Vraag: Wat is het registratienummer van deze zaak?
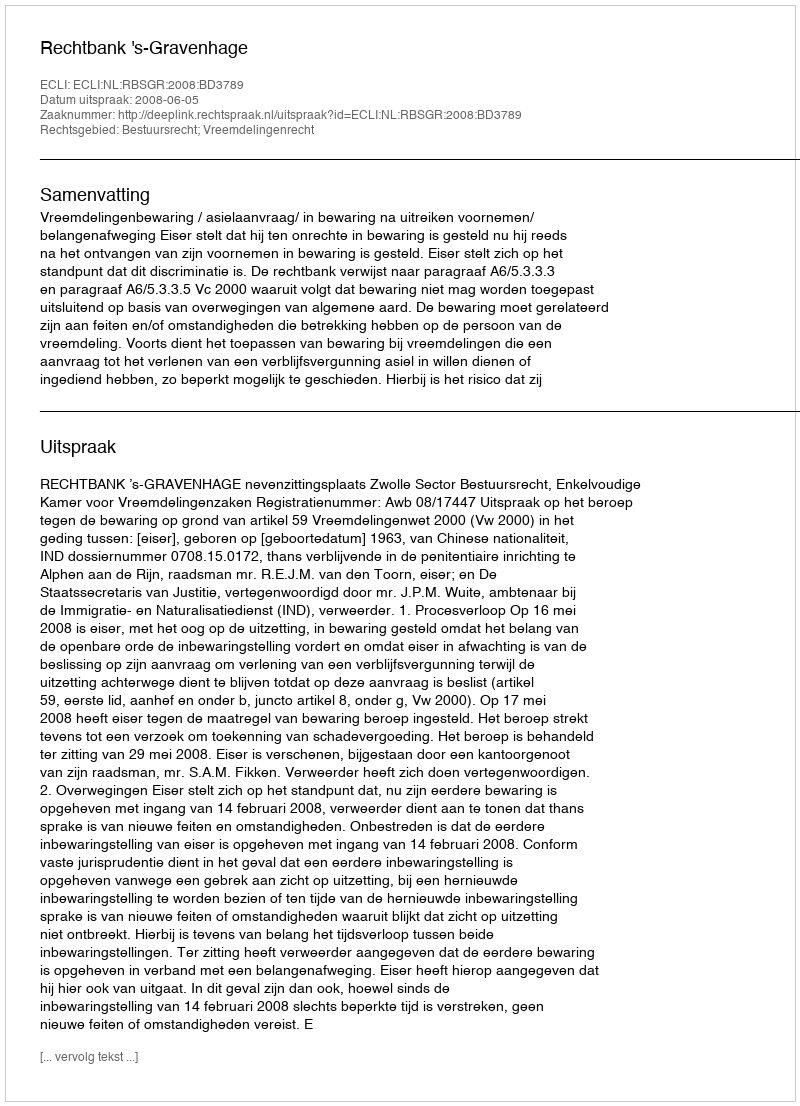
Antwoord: http://deeplink.rechtspraak.nl/uitspraak?id=ECLI:NL:RBSGR:2008:BD3789